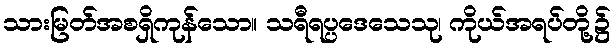
သားမြတ်အစရှိကုန်သော။ သရီရပ္ပဒေသေသု၊ ကိုယ်အရပ်တို့၌